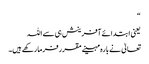
“
یعنی ابتدائے آفرینش ہی سے اللہ
تعالیٰ نے بارہ مہینے مقرر فرما رکھے ہیں۔